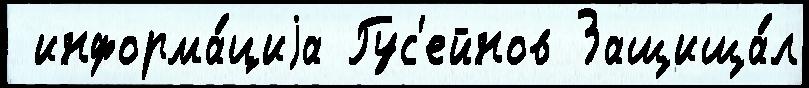
 информа́циjа Гус'ейнов Защища́л